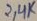
Text: 2,4K